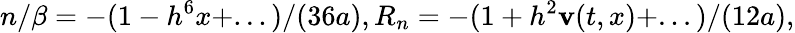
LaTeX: n/\beta=-(1-h^{6}x+...)/(36a),R_{n}=-(1+h^{2}\mathbf{v}(t,x)+...)/(12a),